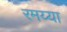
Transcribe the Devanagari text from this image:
रमय्या